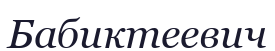
Бабиктеевич